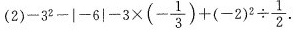
(2)$$-3^{2}-|-6|-3 \times(- \frac{1}{3})+(-2)^{2}\div \frac{1}{2}$$